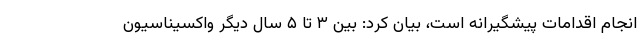
انجام اقدامات پیشگیرانه است، بیان کرد: بین ۳ تا ۵ سال دیگر واکسیناسیون